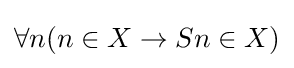
\forall n(n\in X\rightarrow Sn\in X)